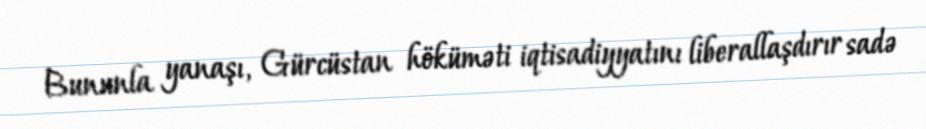
Bununla yanaşı, Gürcüstan höküməti iqtisadiyyatını liberallaşdırır sadə